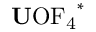
\mathrm { { \bf U } O F _ { 4 } } ^ { * }